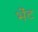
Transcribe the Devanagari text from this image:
भंेट